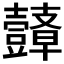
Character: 𮙙